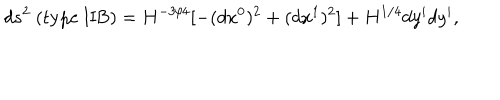
d s ^ { 2 } ~ ( \mathrm { t y p e ~ I I B } ) = H ^ { - 3 / 4 } [ - ( d x ^ { 0 } ) ^ { 2 } + ( d x ^ { 1 } ) ^ { 2 } ] + H ^ { 1 / 4 } d y ^ { i } d y ^ { i } ,